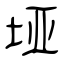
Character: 垭